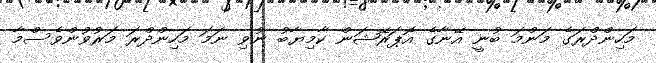
މަހިންދްރަގެ މަންމަ ބުނީ އޭނާގެ އޮޕަރޭޝަން ކާމިޔާބު ނުވި ނަމަ މަހިންދްރަ މަރުވުންވެސްމާ